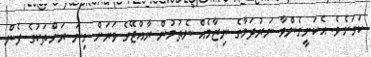
ކަމަށެވެ. އެކަށީގެންވާ ނަރުދަމާގެ ނިޒާމެއް ނެތުމުން ރާއްޖޭގެ ވަރަށް ގިނަ ރަށްތަކުގެ ފެން